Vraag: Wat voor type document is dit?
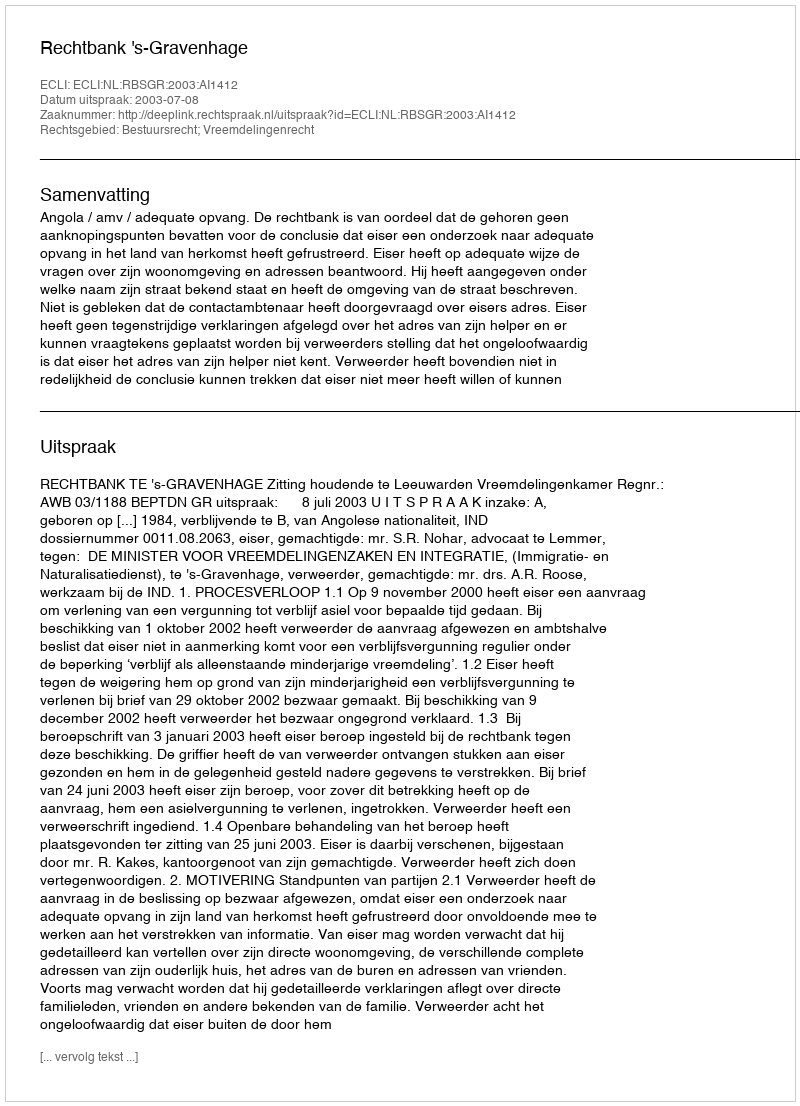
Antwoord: Uitspraak